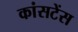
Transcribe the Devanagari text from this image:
कांसटेंस